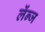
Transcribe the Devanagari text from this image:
लेंन्ज